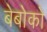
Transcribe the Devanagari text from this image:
बेबोको